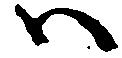
ハ